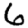
Digit: 6